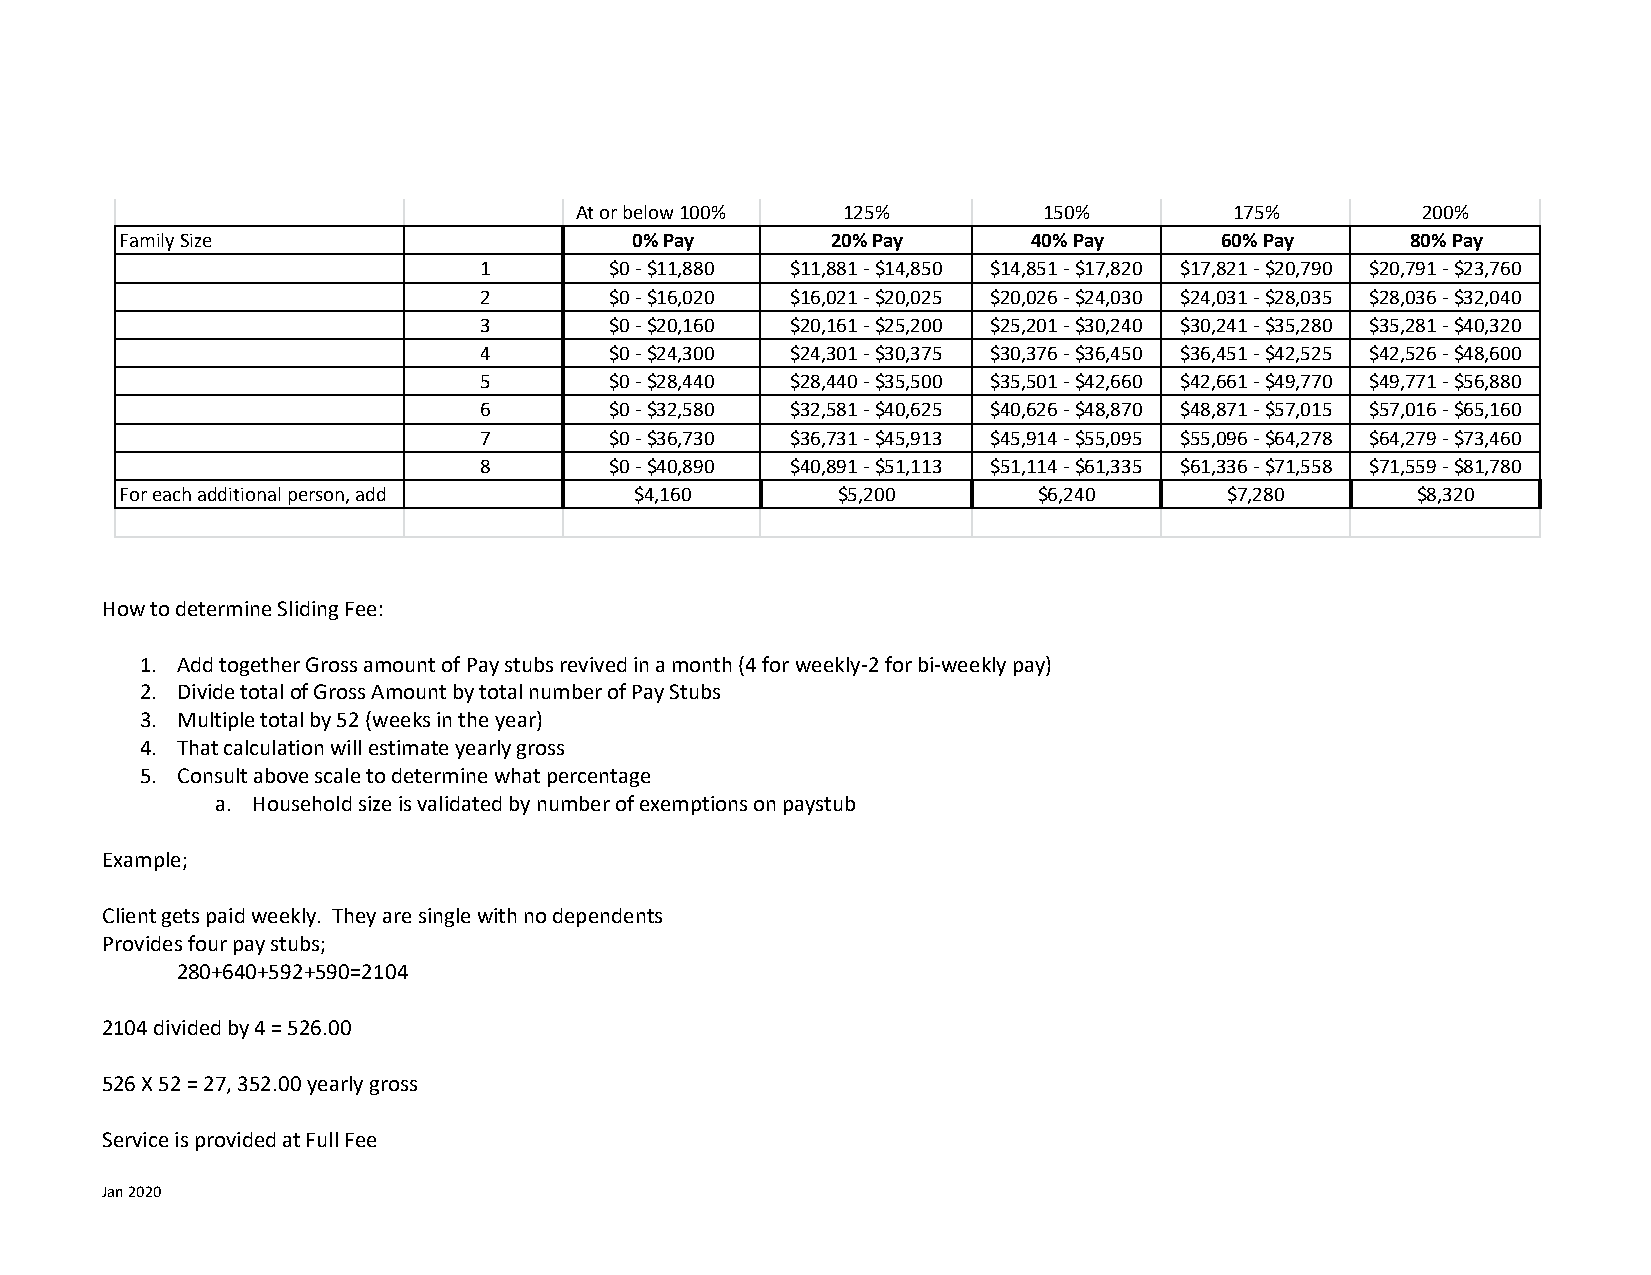
At or below 100%  125%         150%         175%        200%
 Family Size                       0% Pay       20% Pay      40% Pay      60% Pay     80% Pay
 1       $0 - $11,880 $11,881 - $14,850 $14,851 - $17,820 $17,821 - $20,790 $20,791 - $23,760
 2       $0 - $16,020 $16,021 - $20,025 $20,026 - $24,030 $24,031 - $28,035 $28,036 - $32,040
 3       $0 - $20,160 $20,161 - $25,200 $25,201 - $30,240 $30,241 - $35,280 $35,281 - $40,320
 4       $0 - $24,300 $24,301 - $30,375 $30,376 - $36,450 $36,451 - $42,525 $42,526 - $48,600
 5       $0 - $28,440 $28,440 - $35,500 $35,501 - $42,660 $42,661 - $49,770 $49,771 - $56,880
 6       $0 - $32,580 $32,581 - $40,625 $40,626 - $48,870 $48,871 - $57,015 $57,016 - $65,160
 7       $0 - $36,730 $36,731 - $45,913 $45,914 - $55,095 $55,096 - $64,278 $64,279 - $73,460
 8       $0 - $40,890 $40,891 - $51,113 $51,114 - $61,335 $61,336 - $71,558 $71,559 - $81,780
 For each additional person, add   $4,160       $5,200        $6,240      $7,280       $8,320
 How to determine Sliding Fee:
 1. Add together Gross amount of Pay stubs revived in a month (4 for weekly-2 for bi-weekly pay)
 2. Divide total of Gross Amount by total number of Pay Stubs
 3. Multiple total by 52 (weeks in the year)
 4. That calculation will estimate yearly gross
 5. Consult above scale to determine what percentage
 a. Household size is validated by number of exemptions on paystub
 Example;
 Client gets paid weekly. They are single with no dependents
 Provides four pay stubs;
 280+640+592+590=2104
 2104 divided by 4 = 526.00
 526 X 52 = 27, 352.00 yearly gross
 Service is provided at Full Fee
 Jan 2020